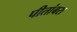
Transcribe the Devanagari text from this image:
पीतांबरा